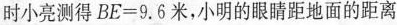
时小亮测得$$B E = 9 . 6米$$，小明的眼睛距地面的距离